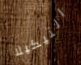
التيكيلا